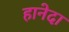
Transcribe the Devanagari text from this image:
हानेदा